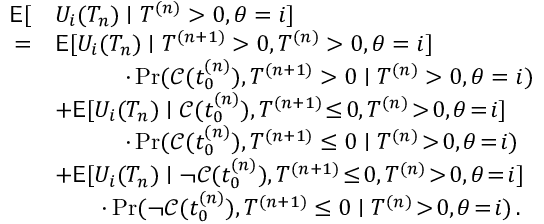
\begin{array} { r l } { \mathsf { E } [ } & { U _ { i } ( T _ { n } ) \mid T ^ { ( n ) } > 0 , \theta = i ] } \\ { = } & { \mathsf { E } [ U _ { i } ( T _ { n } ) \mid T ^ { ( n + 1 ) } > 0 , T ^ { ( n ) } > 0 , \theta = i ] } \\ & { \quad \quad \quad \cdot \operatorname* { P r } ( \mathcal { C } ( t _ { 0 } ^ { ( n ) } ) , T ^ { ( n + 1 ) } > 0 \mid T ^ { ( n ) } > 0 , \theta = i ) } \\ & { + \mathsf { E } [ U _ { i } ( T _ { n } ) \mid \mathcal { C } ( t _ { 0 } ^ { ( n ) } ) , T ^ { ( n + 1 ) } \! \le \! 0 , T ^ { ( n ) } \! > \! 0 , \theta \! = \! i ] } \\ & { \quad \quad \quad \cdot \operatorname* { P r } ( \mathcal { C } ( t _ { 0 } ^ { ( n ) } ) , T ^ { ( n + 1 ) } \le 0 \mid T ^ { ( n ) } \! > \! 0 , \theta \! = \! i ) } \\ & { + \mathsf { E } [ U _ { i } ( T _ { n } ) \mid \neg \mathcal { C } ( t _ { 0 } ^ { ( n ) } ) , T ^ { ( n + 1 ) } \! \le \! 0 , T ^ { ( n ) } \! > \! 0 , \theta \! = \! i ] } \\ & { \quad \quad \cdot \operatorname* { P r } ( \neg \mathcal { C } ( t _ { 0 } ^ { ( n ) } ) , T ^ { ( n + 1 ) } \le 0 \mid T ^ { ( n ) } \! > \! 0 , \theta \! = \! i ) \, . } \end{array}